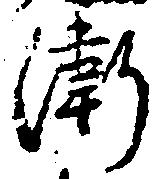
衛